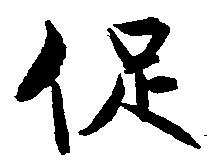
促